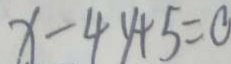
x - 4 y + 5 = 0